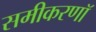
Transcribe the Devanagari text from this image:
समीकरणॉ